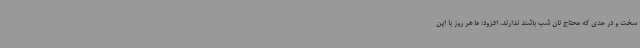
سخت و در حدی که محتاج نان شب باشند ندارند، افزود: ما هر روز با این